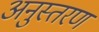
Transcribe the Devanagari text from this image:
अनुस्तरण